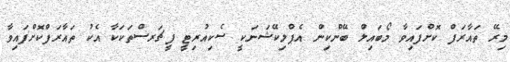
މިރޭ ތައާރަފް ކޮށްފައިވާ މޯބައިލް ބޭންކިން އެޕްލިކޭޝަނަކީ ސެކިއުރިޓީ ފީޗަރސްތަކަކާ އެކު ތައާރަފްކޮށްފައިވާ